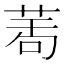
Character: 𦲆